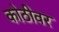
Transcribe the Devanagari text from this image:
कोठीवर